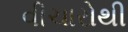
વીચારોથી